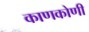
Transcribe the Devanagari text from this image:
काणकोणी